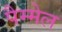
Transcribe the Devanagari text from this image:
पैम्मेल